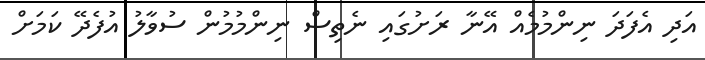
އަދި އެފަދަ ނިންމުމެއް އޭނާ ރަށުގައި ނެތިސް ނިންމުމުން ސުވާލު އުފެދޭ ކަމަށް